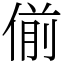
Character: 偂